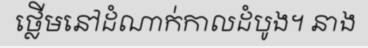
ថ្លើមនៅដំណាក់កាលដំបូង។ នាង